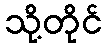
သို့တိုင်